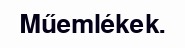
Műemlékek.